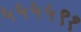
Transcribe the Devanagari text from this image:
५५५५९१